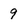
Character: 9